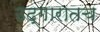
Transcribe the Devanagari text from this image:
उद्गारातच